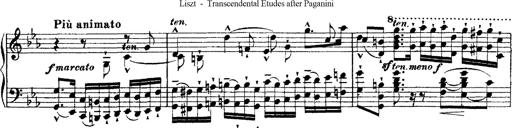
Title: Ã‰tudes d'exÃ©cution transcendante d'aprÃ¨s Paganini
Composer: Franz Liszt